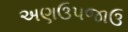
અણઉપજાઉ